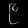
Digit: ၉